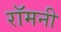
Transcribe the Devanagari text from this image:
रॉमनी